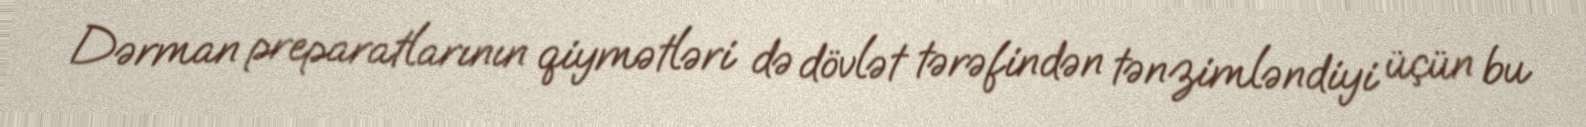
Dərman preparatlarının qiymətləri də dövlət tərəfindən tənzimləndiyi üçün bu